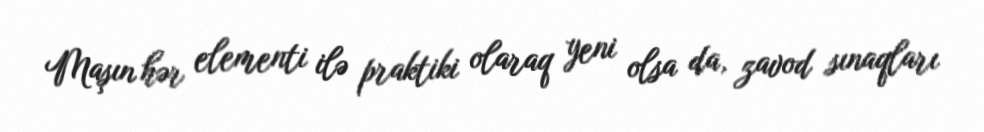
Maşın hər elementi ilə praktiki olaraq yeni olsa da, zavod sınaqları